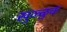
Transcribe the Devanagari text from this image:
खुळ्ळुक